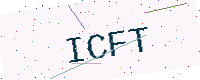
Text: ICFT